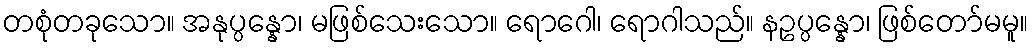
တစုံတခုသော။ အနုပ္ပန္နော၊ မဖြစ်သေးသော။ ရောဂေါ၊ ရောဂါသည်။ နဥပ္ပန္နော၊ ဖြစ်တော်မမူ။